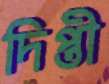
দিপ্তী